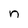
Character: n